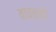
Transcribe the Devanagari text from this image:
वाचकहो